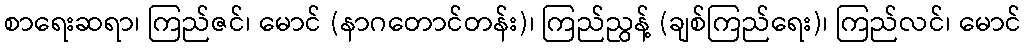
စာရေးဆရာ၊ ကြည်ဇင်၊ မောင် (နာဂတောင်တန်း)၊ ကြည်ညွန့် (ချစ်ကြည်ရေး)၊ ကြည်လင်၊ မောင်